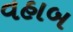
વહાબ